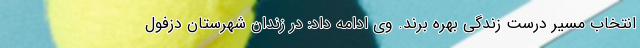
انتخاب مسیر درست زندگی بهره برند. وی ادامه داد: در زندان شهرستان دزفول